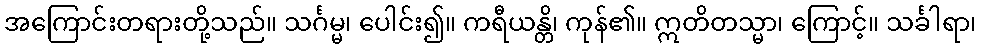
အကြောင်းတရားတို့သည်။ သင်္ဂမ္မ၊ ပေါင်း၍။ ကရီယန္တိ၊ ကုန်၏။ ဣတိတသ္မာ၊ ကြောင့်။ သင်္ခါရာ၊